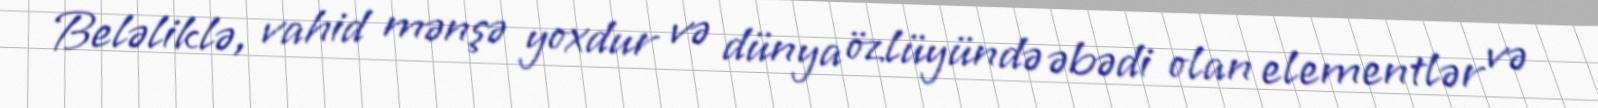
Beləliklə, vahid mənşə yoxdur və dünya özlüyündə əbədi olan elementlər və